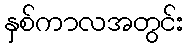
နှစ်ကာလအတွင်း